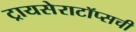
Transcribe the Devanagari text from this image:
ट्रायसेराटॉप्सची